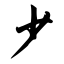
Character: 少